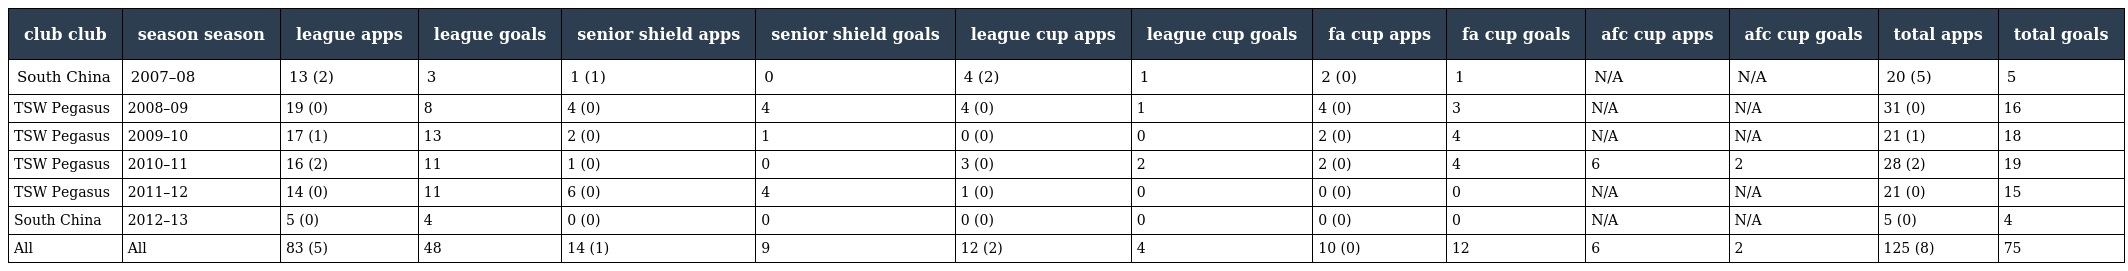
| club club | season season | league apps | league goals | senior shield apps | senior shield goals | league cup apps | league cup goals | fa cup apps | fa cup goals | afc cup apps | afc cup goals | total apps | total goals |
 | --- | --- | --- | --- | --- | --- | --- | --- | --- | --- | --- | --- | --- | --- |
 | South China | 2007–08 | 13 (2) | 3 | 1 (1) | 0 | 4 (2) | 1 | 2 (0) | 1 | N/A | N/A | 20 (5) | 5 |
 | TSW Pegasus | 2008–09 | 19 (0) | 8 | 4 (0) | 4 | 4 (0) | 1 | 4 (0) | 3 | N/A | N/A | 31 (0) | 16 |
 | TSW Pegasus | 2009–10 | 17 (1) | 13 | 2 (0) | 1 | 0 (0) | 0 | 2 (0) | 4 | N/A | N/A | 21 (1) | 18 |
 | TSW Pegasus | 2010–11 | 16 (2) | 11 | 1 (0) | 0 | 3 (0) | 2 | 2 (0) | 4 | 6 | 2 | 28 (2) | 19 |
 | TSW Pegasus | 2011–12 | 14 (0) | 11 | 6 (0) | 4 | 1 (0) | 0 | 0 (0) | 0 | N/A | N/A | 21 (0) | 15 |
 | South China | 2012–13 | 5 (0) | 4 | 0 (0) | 0 | 0 (0) | 0 | 0 (0) | 0 | N/A | N/A | 5 (0) | 4 |
 | All | All | 83 (5) | 48 | 14 (1) | 9 | 12 (2) | 4 | 10 (0) | 12 | 6 | 2 | 125 (8) | 75 |